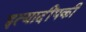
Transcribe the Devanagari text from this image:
इत्यादींपकी